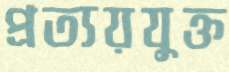
প্রত্যয়যুক্ত